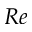
R e